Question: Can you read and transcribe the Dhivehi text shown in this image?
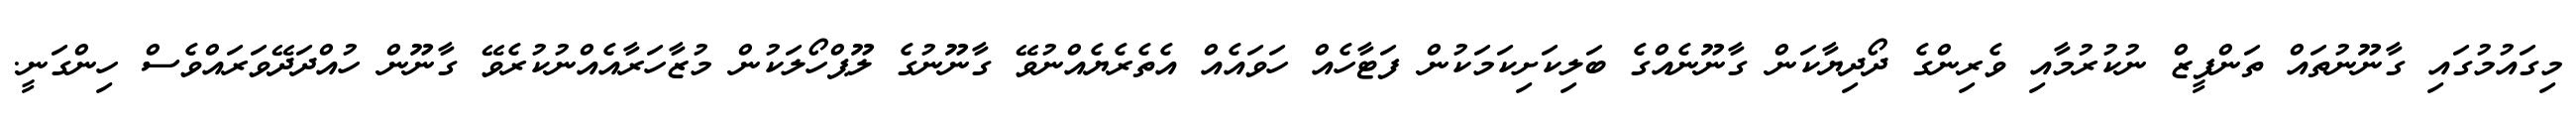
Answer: މިގައުމުގައި ގާނޫނުތައް ތަންފީޒް ނުކުރުމާއި ވެރިންގެ ދޯދިޔާކަން ގާނޫނެއްގެ ބަލިކަށިކަމަކުން ފަޓާހެއް ހަވައެއް އެތެރެޔެއްނުވޭ ގާނޫނުގެ ލޫޕްހޯލަކުން މުޒާހަރާއެއްނުކުރެވޭ ގާނޫން ހުއްދަދޭވަރައްވެސް ހިންގަނީ.